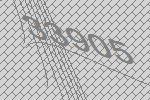
33905